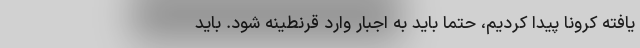
یافته کرونا پیدا کردیم، حتما باید به اجبار وارد قرنطینه شود. باید